Lunatic asylums Burma 1907-21 - 1907-1921
Year: 1907
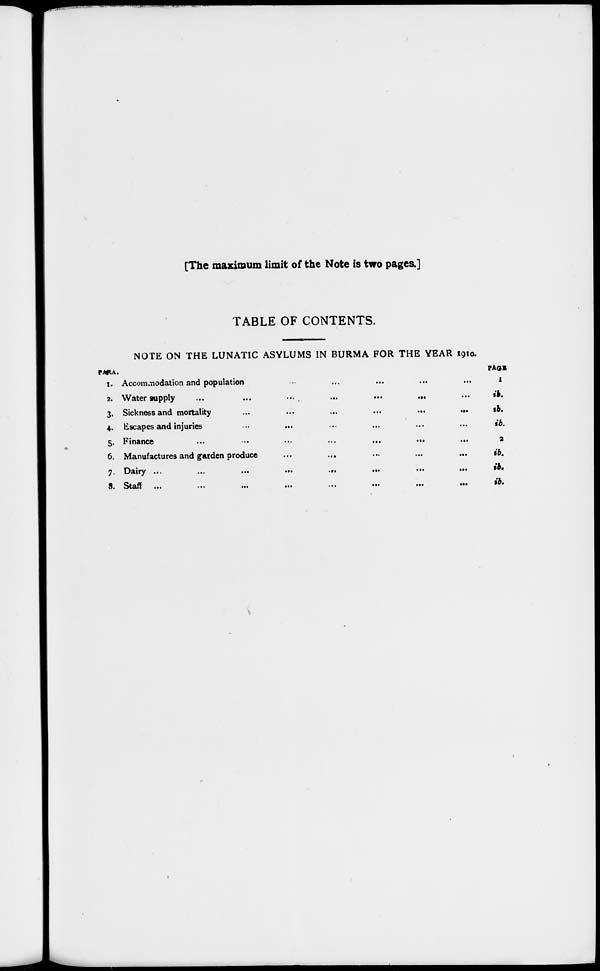
[The maximum limit of the Note is two pages.]
TABLE OF CONTENTS.
NOTE ON THE LUNATIC ASYLUMS IN BURMA FOR THE YEAR 1910.
PARA.
1.
2.
3.
4.
5.
6.
7.
8.
Accommodation and population ... ... ... ... ...
Water supply
...
...
...
...
...
...
...
Sickness and mortality
...
...
...
...
...
...
Escapes and injuries ... ... ... ... ...
Finance
...
...
...
...
...
...
...
Manufactures and garden produce ... ... ... ... ...
Dairy
...
...
...
...
...
...
...
...
Staff
...
...
...
...
...
...
...
...
PAGE.
1
ib.
ib.
ib.
2
ib.
ib.
ib.